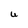
Character: U